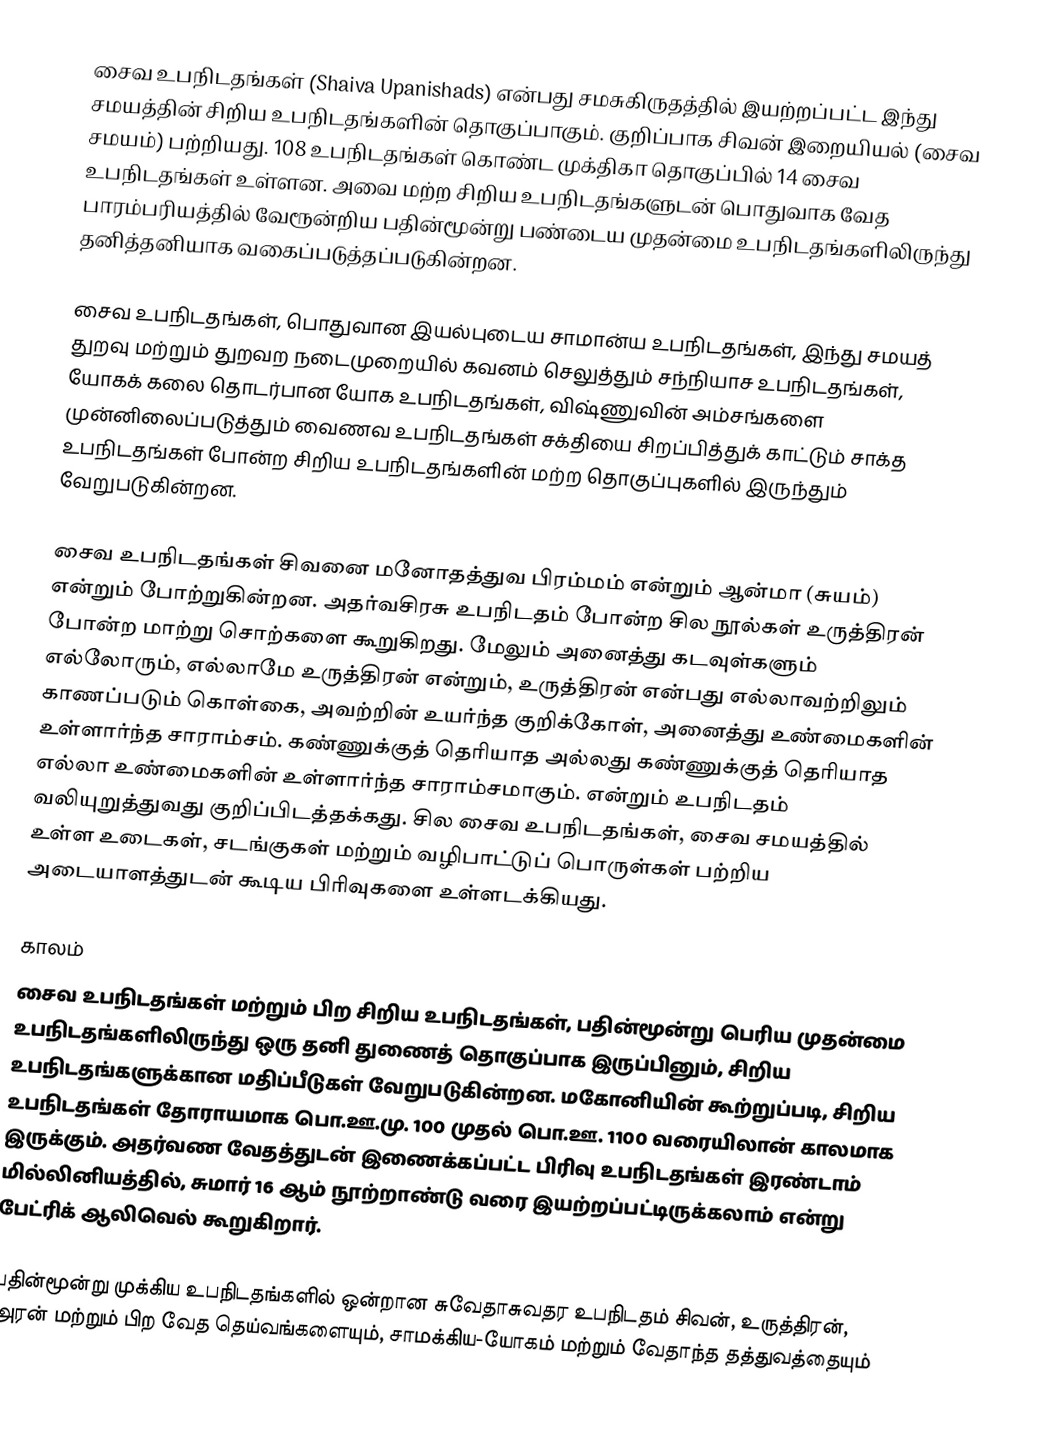
சைவ உபநிடதங்கள் (Shaiva Upanishads) என்பது சமசுகிருதத்தில் இயற்றப்பட்ட இந்து சமயத்தின் சிறிய உபநிடதங்களின் தொகுப்பாகும். குறிப்பாக சிவன் இறையியல் (சைவ சமயம்) பற்றியது. 108 உபநிடதங்கள் கொண்ட முக்திகா தொகுப்பில் 14 சைவ உபநிடதங்கள் உள்ளன. அவை மற்ற சிறிய உபநிடதங்களுடன் பொதுவாக வேத பாரம்பரியத்தில் வேரூன்றிய பதின்மூன்று பண்டைய முதன்மை உபநிடதங்களிலிருந்து தனித்தனியாக வகைப்படுத்தப்படுகின்றன.

சைவ உபநிடதங்கள், பொதுவான இயல்புடைய சாமான்ய உபநிடதங்கள், இந்து சமயத் துறவு மற்றும் துறவற நடைமுறையில் கவனம் செலுத்தும் சந்நியாச உபநிடதங்கள், யோகக் கலை  தொடர்பான யோக உபநிடதங்கள், விஷ்ணுவின் அம்சங்களை முன்னிலைப்படுத்தும் வைணவ உபநிடதங்கள் சக்தியை சிறப்பித்துக் காட்டும் சாக்த உபநிடதங்கள் போன்ற சிறிய உபநிடதங்களின் மற்ற தொகுப்புகளில் இருந்தும் வேறுபடுகின்றன.

சைவ உபநிடதங்கள் சிவனை மனோதத்துவ பிரம்மம் என்றும் ஆன்மா (சுயம்) என்றும் போற்றுகின்றன. அதர்வசிரசு உபநிடதம் போன்ற சில நூல்கள் உருத்திரன் போன்ற மாற்று சொற்களை கூறுகிறது. மேலும் அனைத்து கடவுள்களும் எல்லோரும், எல்லாமே உருத்திரன் என்றும், உருத்திரன் என்பது எல்லாவற்றிலும் காணப்படும் கொள்கை, அவற்றின் உயர்ந்த குறிக்கோள், அனைத்து உண்மைகளின் உள்ளார்ந்த சாராம்சம். கண்ணுக்குத் தெரியாத அல்லது கண்ணுக்குத் தெரியாத எல்லா உண்மைகளின் உள்ளார்ந்த சாராம்சமாகும். என்றும் உபநிடதம் வலியுறுத்துவது குறிப்பிடத்தக்கது. சில சைவ உபநிடதங்கள், சைவ சமயத்தில் உள்ள உடைகள், சடங்குகள் மற்றும் வழிபாட்டுப் பொருள்கள் பற்றிய அடையாளத்துடன் கூடிய பிரிவுகளை உள்ளடக்கியது.

காலம்
சைவ உபநிடதங்கள் மற்றும் பிற சிறிய உபநிடதங்கள், பதின்மூன்று பெரிய முதன்மை உபநிடதங்களிலிருந்து ஒரு தனி துணைத் தொகுப்பாக இருப்பினும், சிறிய உபநிடதங்களுக்கான மதிப்பீடுகள் வேறுபடுகின்றன. மகோனியின் கூற்றுப்படி, சிறிய உபநிடதங்கள் தோராயமாக பொ.ஊ.மு. 100 முதல் பொ.ஊ. 1100 வரையிலான் காலமாக இருக்கும். அதர்வண வேதத்துடன் இணைக்கப்பட்ட பிரிவு உபநிடதங்கள் இரண்டாம் மில்லினியத்தில், சுமார் 16 ஆம் நூற்றாண்டு வரை இயற்றப்பட்டிருக்கலாம் என்று பேட்ரிக் ஆலிவெல் கூறுகிறார்.

பதின்மூன்று முக்கிய உபநிடதங்களில் ஒன்றான சுவேதாசுவதர உபநிடதம் சிவன், உருத்திரன், அரன் மற்றும் பிற வேத தெய்வங்களையும், சாமக்கிய-யோகம் மற்றும் வேதாந்த தத்துவத்தையும்